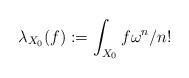
LaTeX: \begin{align*}\lambda_{X_0}(f) := \int_{X_0} f\omega^{n}/n!\end{align*}